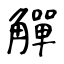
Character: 觶